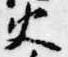
火